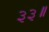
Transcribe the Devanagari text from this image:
३३॥